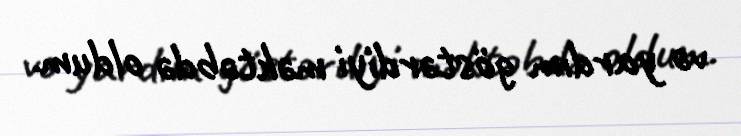
və yardım göstərdiyi məktəbdə oldum.